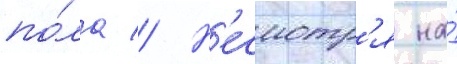
по́ла // Н'есмотр'я на́